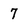
Character: 7